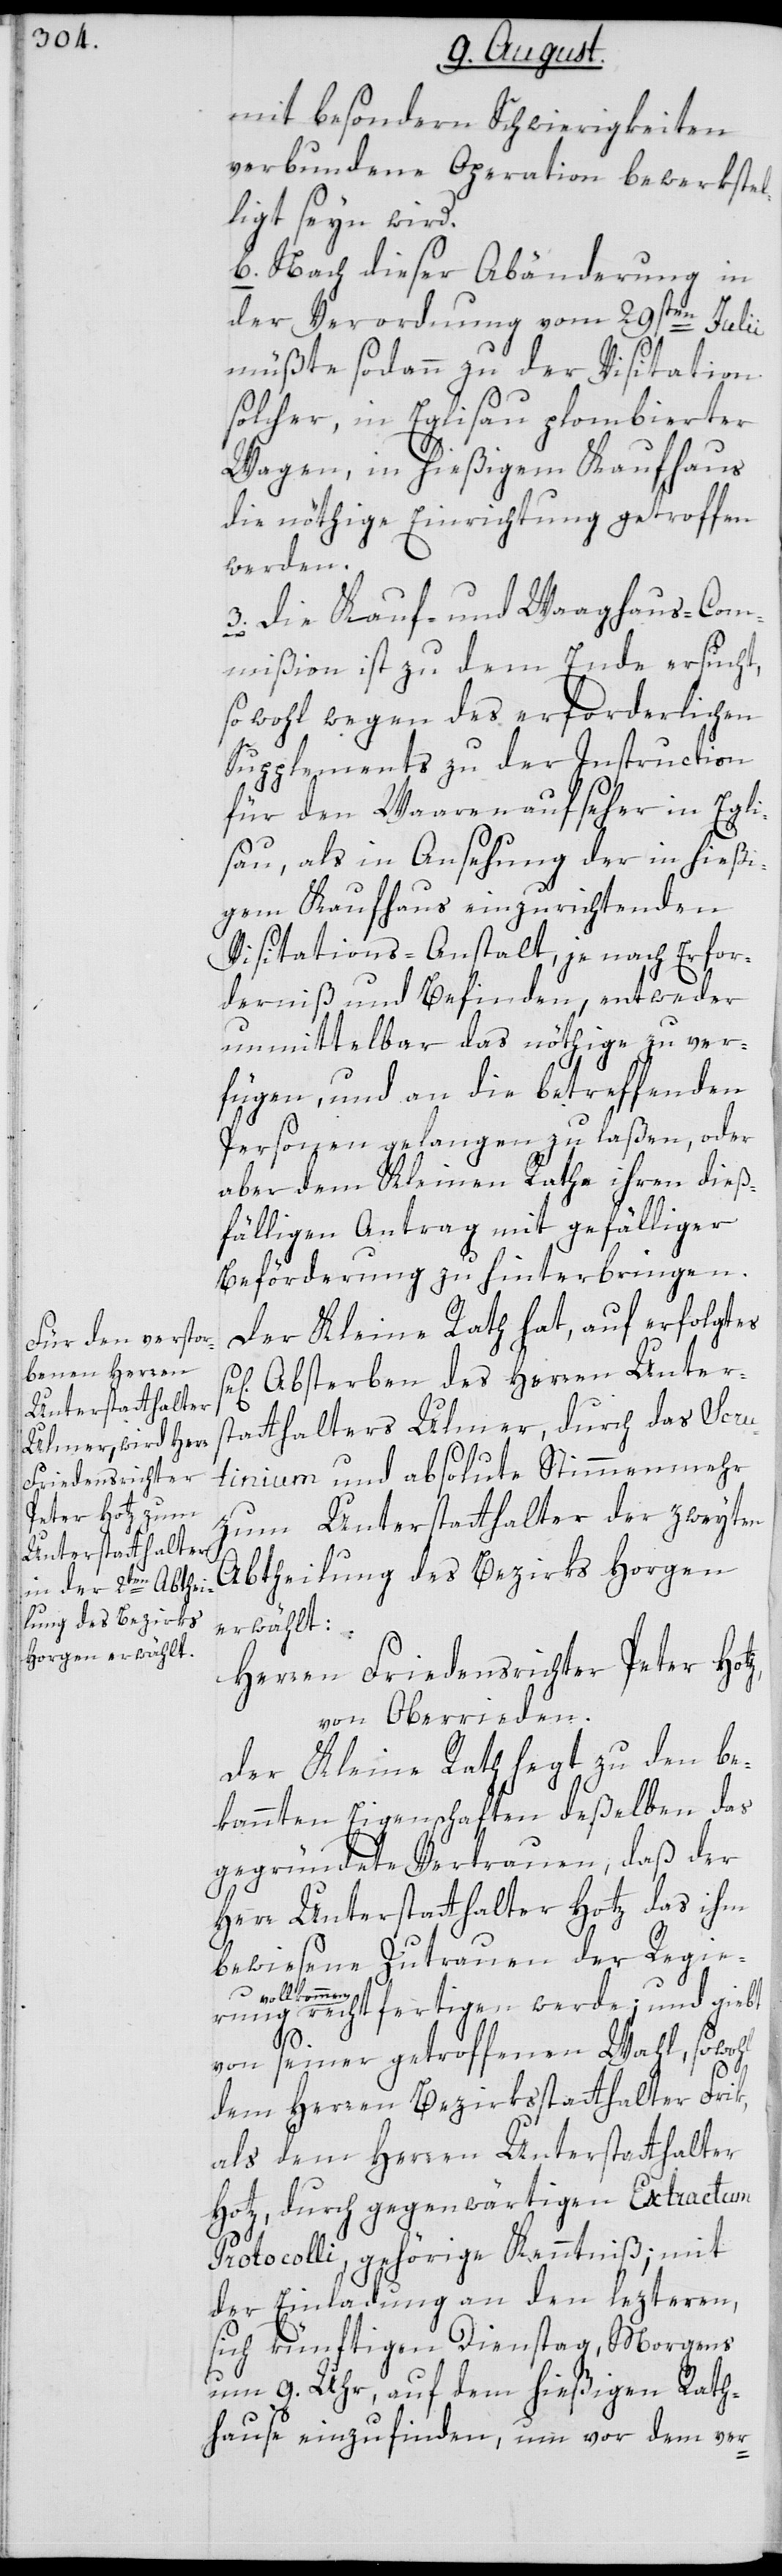
mit besondern Schwierigkeiten
verbundene Operation bewerkstel¬
ligt seyn wird.
b. Nach dieser Abänderung in
der Verordnung vom 29sten Julii
müßte sodann zu der Visitation
solcher, in Eglisau plombierter
Wagen, in hießigem Kaufhaus
die nöthige Einrichtung getroffen
werden.
3. Die Kauf- und Waaghaus-Com¬
mißion ist zu dem Ende ersucht,
sowohl wegen des erforderlichen
Supplements zu der Instruction
für den Waarenaufseher in Egli¬
sau, als in Ansehung der in hießi¬
gem Kaufhaus einzurichtenden
Visitations-Anstalt, je nach Erfor¬
derniß und Befinden, entweder
unmittelbar das nöthige zu ver¬
fügen, und an die betreffenden
Personen gelangen zu laßen, oder
aber dem Kleinen Rathe ihren dieß¬
fälligen Antrag mit gefälliger
Beförderung zu hinterbringen.
Der Kleine Rath hat, auf erfolgtes
Absterben des Herren Unter¬
statthalters Ulmer, durch das Scru¬
z,
tinium und absolute Stimmenmehr
zum Unterstatthalter der zweyten
Abtheilung des Bezirks Horgen
erwählt:
Herren Friedensrichter Peter Hot¬
von Oberrieden.
Der Kleine Rath hegt zu den be¬
kannten Eigenschaften deßelben das
gegeründete Vertrauen, daß der
Herr Unterstatthalter Hotz das ihm
bewiesene Zutrauen der Regie¬
rung vollkomme¬
n rechtfertigen werde; und giebt
von seiner getroffenen Wahl, sowohl
dem Herren Bezirksstatthalter Frik,
als dem Herren Unterstatthalter
Hotz, durch gegenwärtigen Extractum
Protocolli, gehörige Kenntnis; mit
der Einladung an den lezteren,
sich künftigen Dienstag, Morgens
um 9. Uhr, auf dem hießigen Rat¬
hause einzufinden, um vor dem ver-